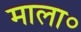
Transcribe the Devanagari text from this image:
माला॰